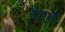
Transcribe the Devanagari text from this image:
बैएल